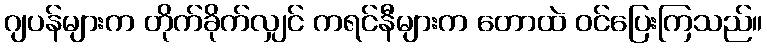
ဂျပန်များက တိုက်ခိုက်လျှင် ကရင်နီများက တောထဲ ဝင်ပြေးကြသည်။